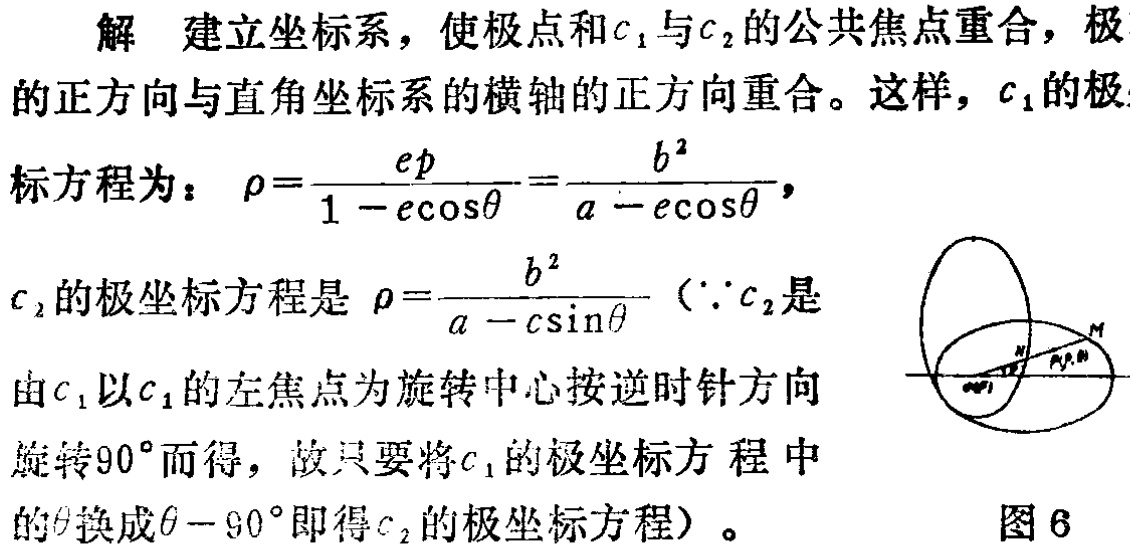
解 建立坐标系，使极点和\(c_{1}\)与\(c_{2}\)的公共焦点重合，极的正方向与直角坐标系的横轴的正方向重合。这样，\(c_{1}\)的极标方程为：\(\rho = \frac{ep}{1 - e\cos\theta}=\frac{b^{2}}{a - e\cos\theta}\)，
\(c_{2}\)的极坐标方程是\(\rho = \frac{b^{2}}{a - c\sin\theta}\)（\(\because c_{2}\)是由\(c_{1}\)以\(c_{1}\)的左焦点为旋转中心按逆时针方向旋转\(90^{\circ}\)而得，故只要将\(c_{1}\)的极坐标方程中的\(\theta\)换成\(\theta - 90^{\circ}\)即得\(c_{2}\)的极坐标方程）。 图6